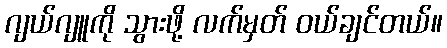
ဂျယ်ဂျူကို သွားဖို့ လက်မှတ် ဝယ်ချင်တယ်။